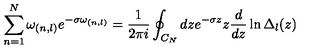
\sum _ { n = 1 } ^ { N } \omega _ { ( n , l ) } e ^ { - \sigma \omega _ { ( n , l ) } } = { \frac { 1 } { 2 \pi i } } \oint _ { C _ { N } } d z e ^ { - \sigma z } z { \frac { d } { d z } } \ln \Delta _ { l } ( z )